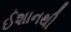
ઈશાનથી